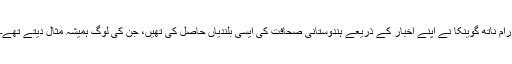
رام ناتھ گوینکا نے اپنے اخبار کے ذریعے ہندوستانی صحافت کی ایسی بلندیاں حاصل کی تھیں، جن کی لوگ ہمیشہ مثال دیتے تھے۔